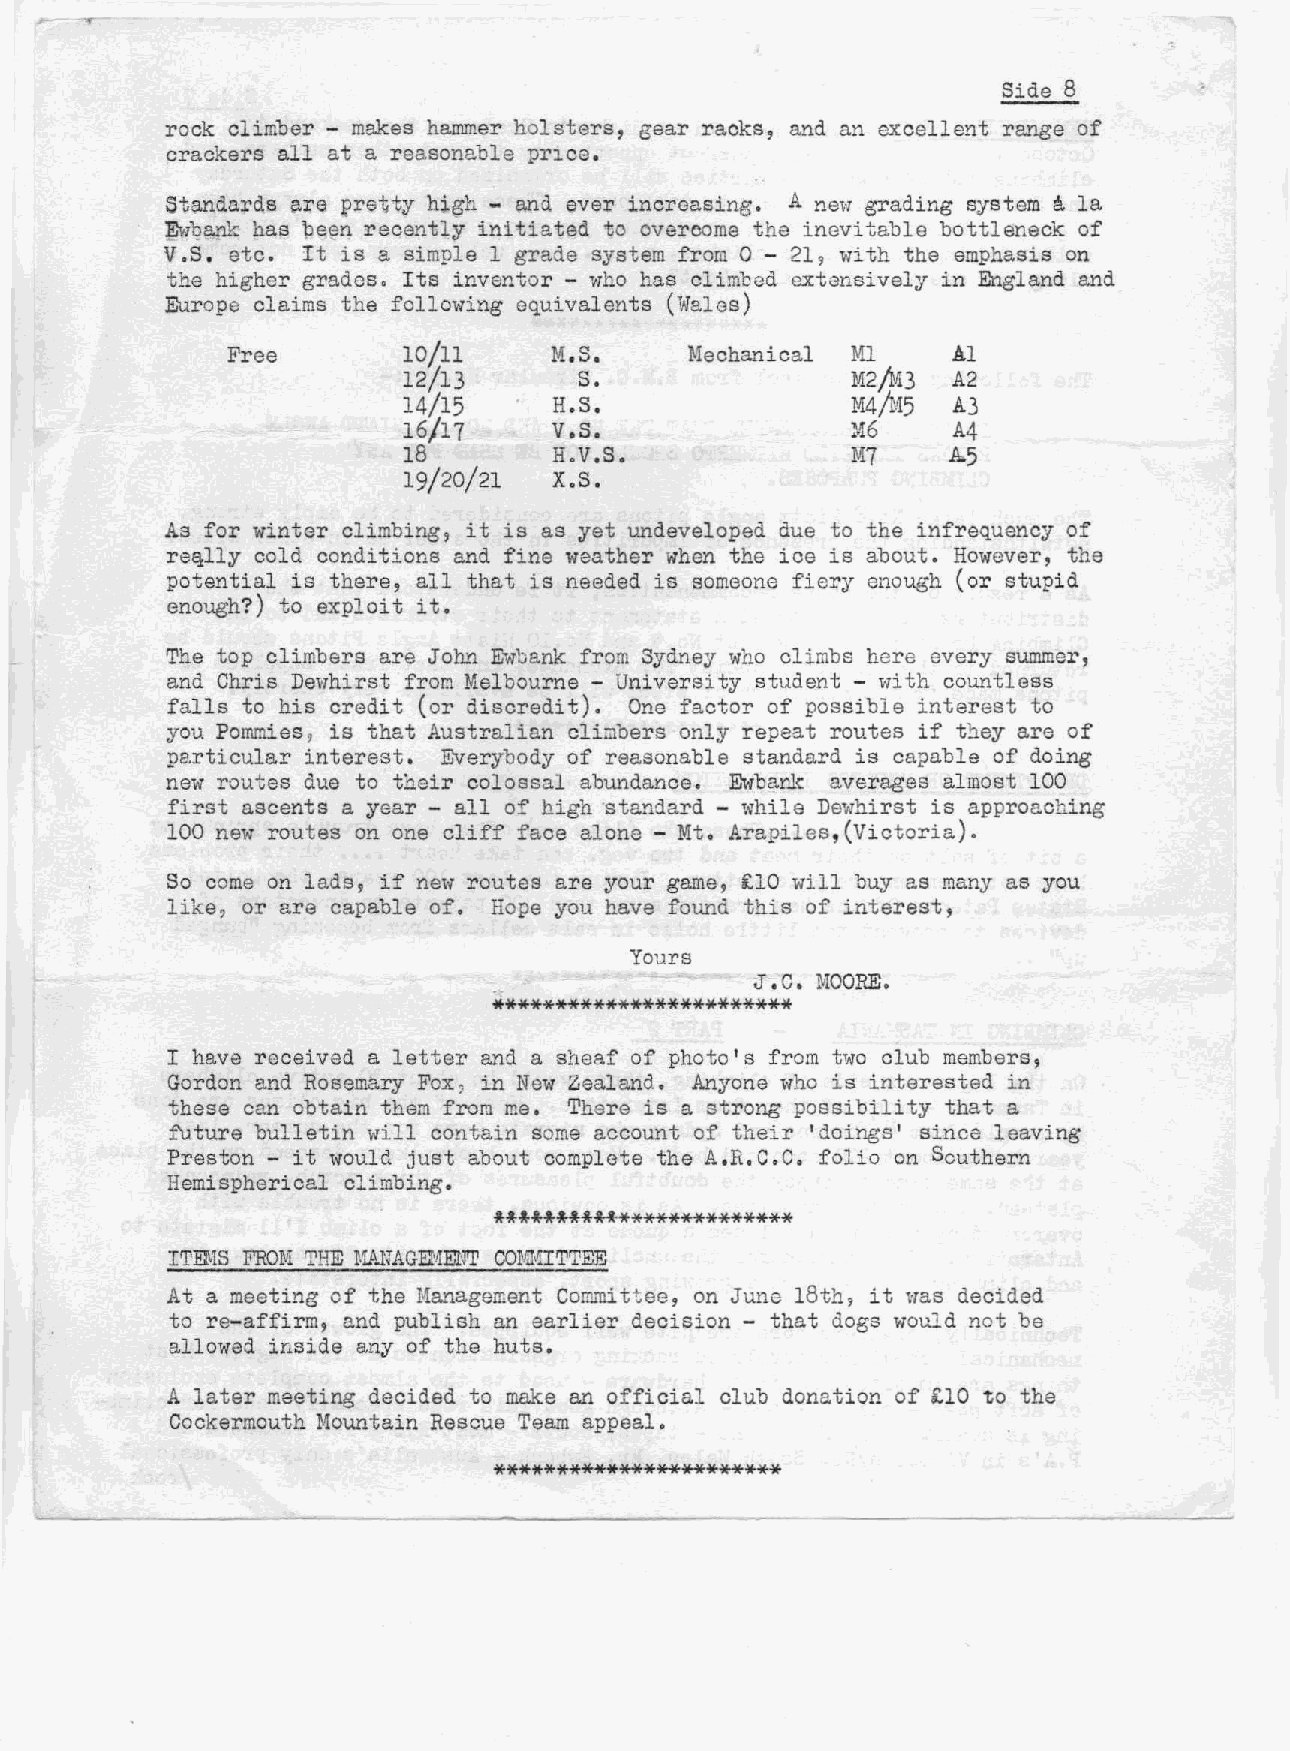
Side 8
 rock climber - makes hammer holsters, gear racks, and nn excellent range of
 crackers all at a reasonable price.
 a
 Standards (;\repretty high - and ever increasing. A new grading system La
 ~~~~  has pe@n recent~y initiated to overcome the inevitable bottleneck of
 V.S. etc. It is a simple 1 grade system from 0 - 219 vIith the emphasis on
 the higher grades. Its inventor - who has climbed extensively in England and
 Europe claims the following equivalents (Wales)
 Free        lo/ll    M.S.     Mechanical Ml     Al
 12/13      s.                M2/M3  A2
 14/15     H.S.               M4/M5  A3
 16/17     V.S.               M6     A4
 18        H.V.S.             M7     A.5
 19/20/21  X.S.
 As for winter climbing, it is as yet undeveloped due to the infrequency of
 re~lly cold conditions and fine weather when the ice is about. However, the
 potential is there, all that is needed is someone fiery enough (or stupid
 enough?) to exploit it.
 The top climbers are John Ewbank from Sydney who climbs here every summer,
 and Chris Dewhirst from Melbourne - University student - with countless
 falls to his credit (or discredit). One factor of possible interest to
 you Pommies, is that Australian climbers only repeat routes if they are of
 particular interest. Everybody of reasonable standard is capable of doing
 new routes due to their colossal abill1dance. Ewbaru~ averages almost 100
 first ascents a year - all of high standard - while Dewhirst is approaching
 100 new routes on one cliff face alone - Mt. Arapiles,(Victoria).
 So come on lads, if new routes are your game, £10 will buy as many as you
 like, or are capable of. Hope you have fOill1dthis of interest,
 Yours
 .                \J •C. MOORE.
 ************************
 I have received a letter and a sheaf of photo's from two club members~
 Gordon and Rosemary Fox" in New Zealand. Anyone who is interested in
 these can obtain them from me. There is a strong possibility that a
 future bulletin will contain some account of their 'dOings' since leaving
 Preston - it would just about complete the A.R.C.C. folio on Southern
 Hemispherical climbing.
 ITEl.\lS FROM THE M.ANAGENENT COMMITTEE
 At a meeting of the Management Cornmittee, on June 18th 1 it "TaS decided
 to re-affirm, and publish an earlier decision - that dogs would not be
 allowed inside any of the huts.
 A later meeting decided to make an official olub donation of £10 to the
 Cockermouth Mountain Rescue Team appeal.
 ***********************